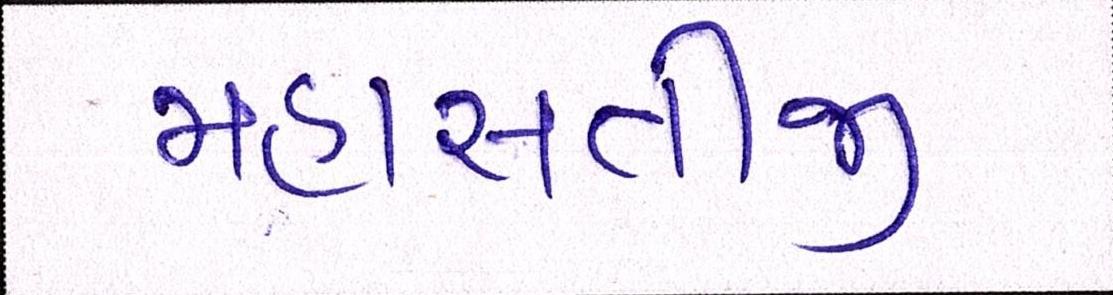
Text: મહાસતીજી